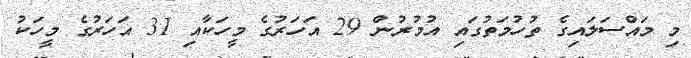
މި މައްސަލައިގެ ތުހުމަތުގައި އުމުރުން 29 އަހަރުގެ މީހަކާއި 31 އަހަރުގެ މީހަކު